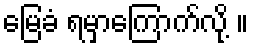
မြေခံ ရမှာကြောက်လို့ ။